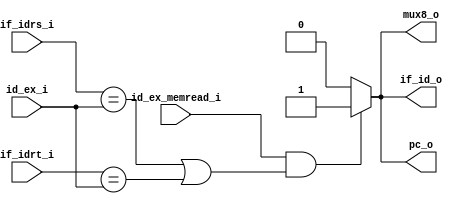
module HD
(
	if_idrs_i,
	if_idrt_i,
	id_ex_i,
	id_ex_memread_i, 
	mux8_o,		 
	pc_o,		
	if_id_o 	
);

input [4:0] if_idrt_i, if_idrs_i, id_ex_i; 
input		id_ex_memread_i;
output 		mux8_o;
output 		pc_o;
output		if_id_o;

reg		temp_mux8_o, temp_pc_o, temp_if_id_o;

assign	pc_o = temp_pc_o;
assign	mux8_o = temp_mux8_o;
assign	if_id_o = temp_if_id_o;

always @ (if_idrs_i,if_idrt_i,id_ex_i,id_ex_memread_i)
begin
	if((id_ex_memread_i)&((if_idrs_i==id_ex_i)|(if_idrt_i==id_ex_i)))
		//stall
		begin
		temp_if_id_o =	1'b1;
		temp_pc_o =		1'b1;
		temp_mux8_o =	1'b1;	
		end
	else
		//write
		begin
		temp_if_id_o =	1'b0;
		temp_pc_o =		1'b0;
		temp_mux8_o =	1'b0; 
		end
end
		
endmodule